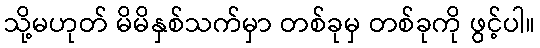
သို့မဟုတ် မိမိနှစ်သက်မှာ တစ်ခုမှ တစ်ခုကို ဖွင့်ပါ။